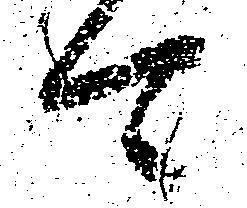
可